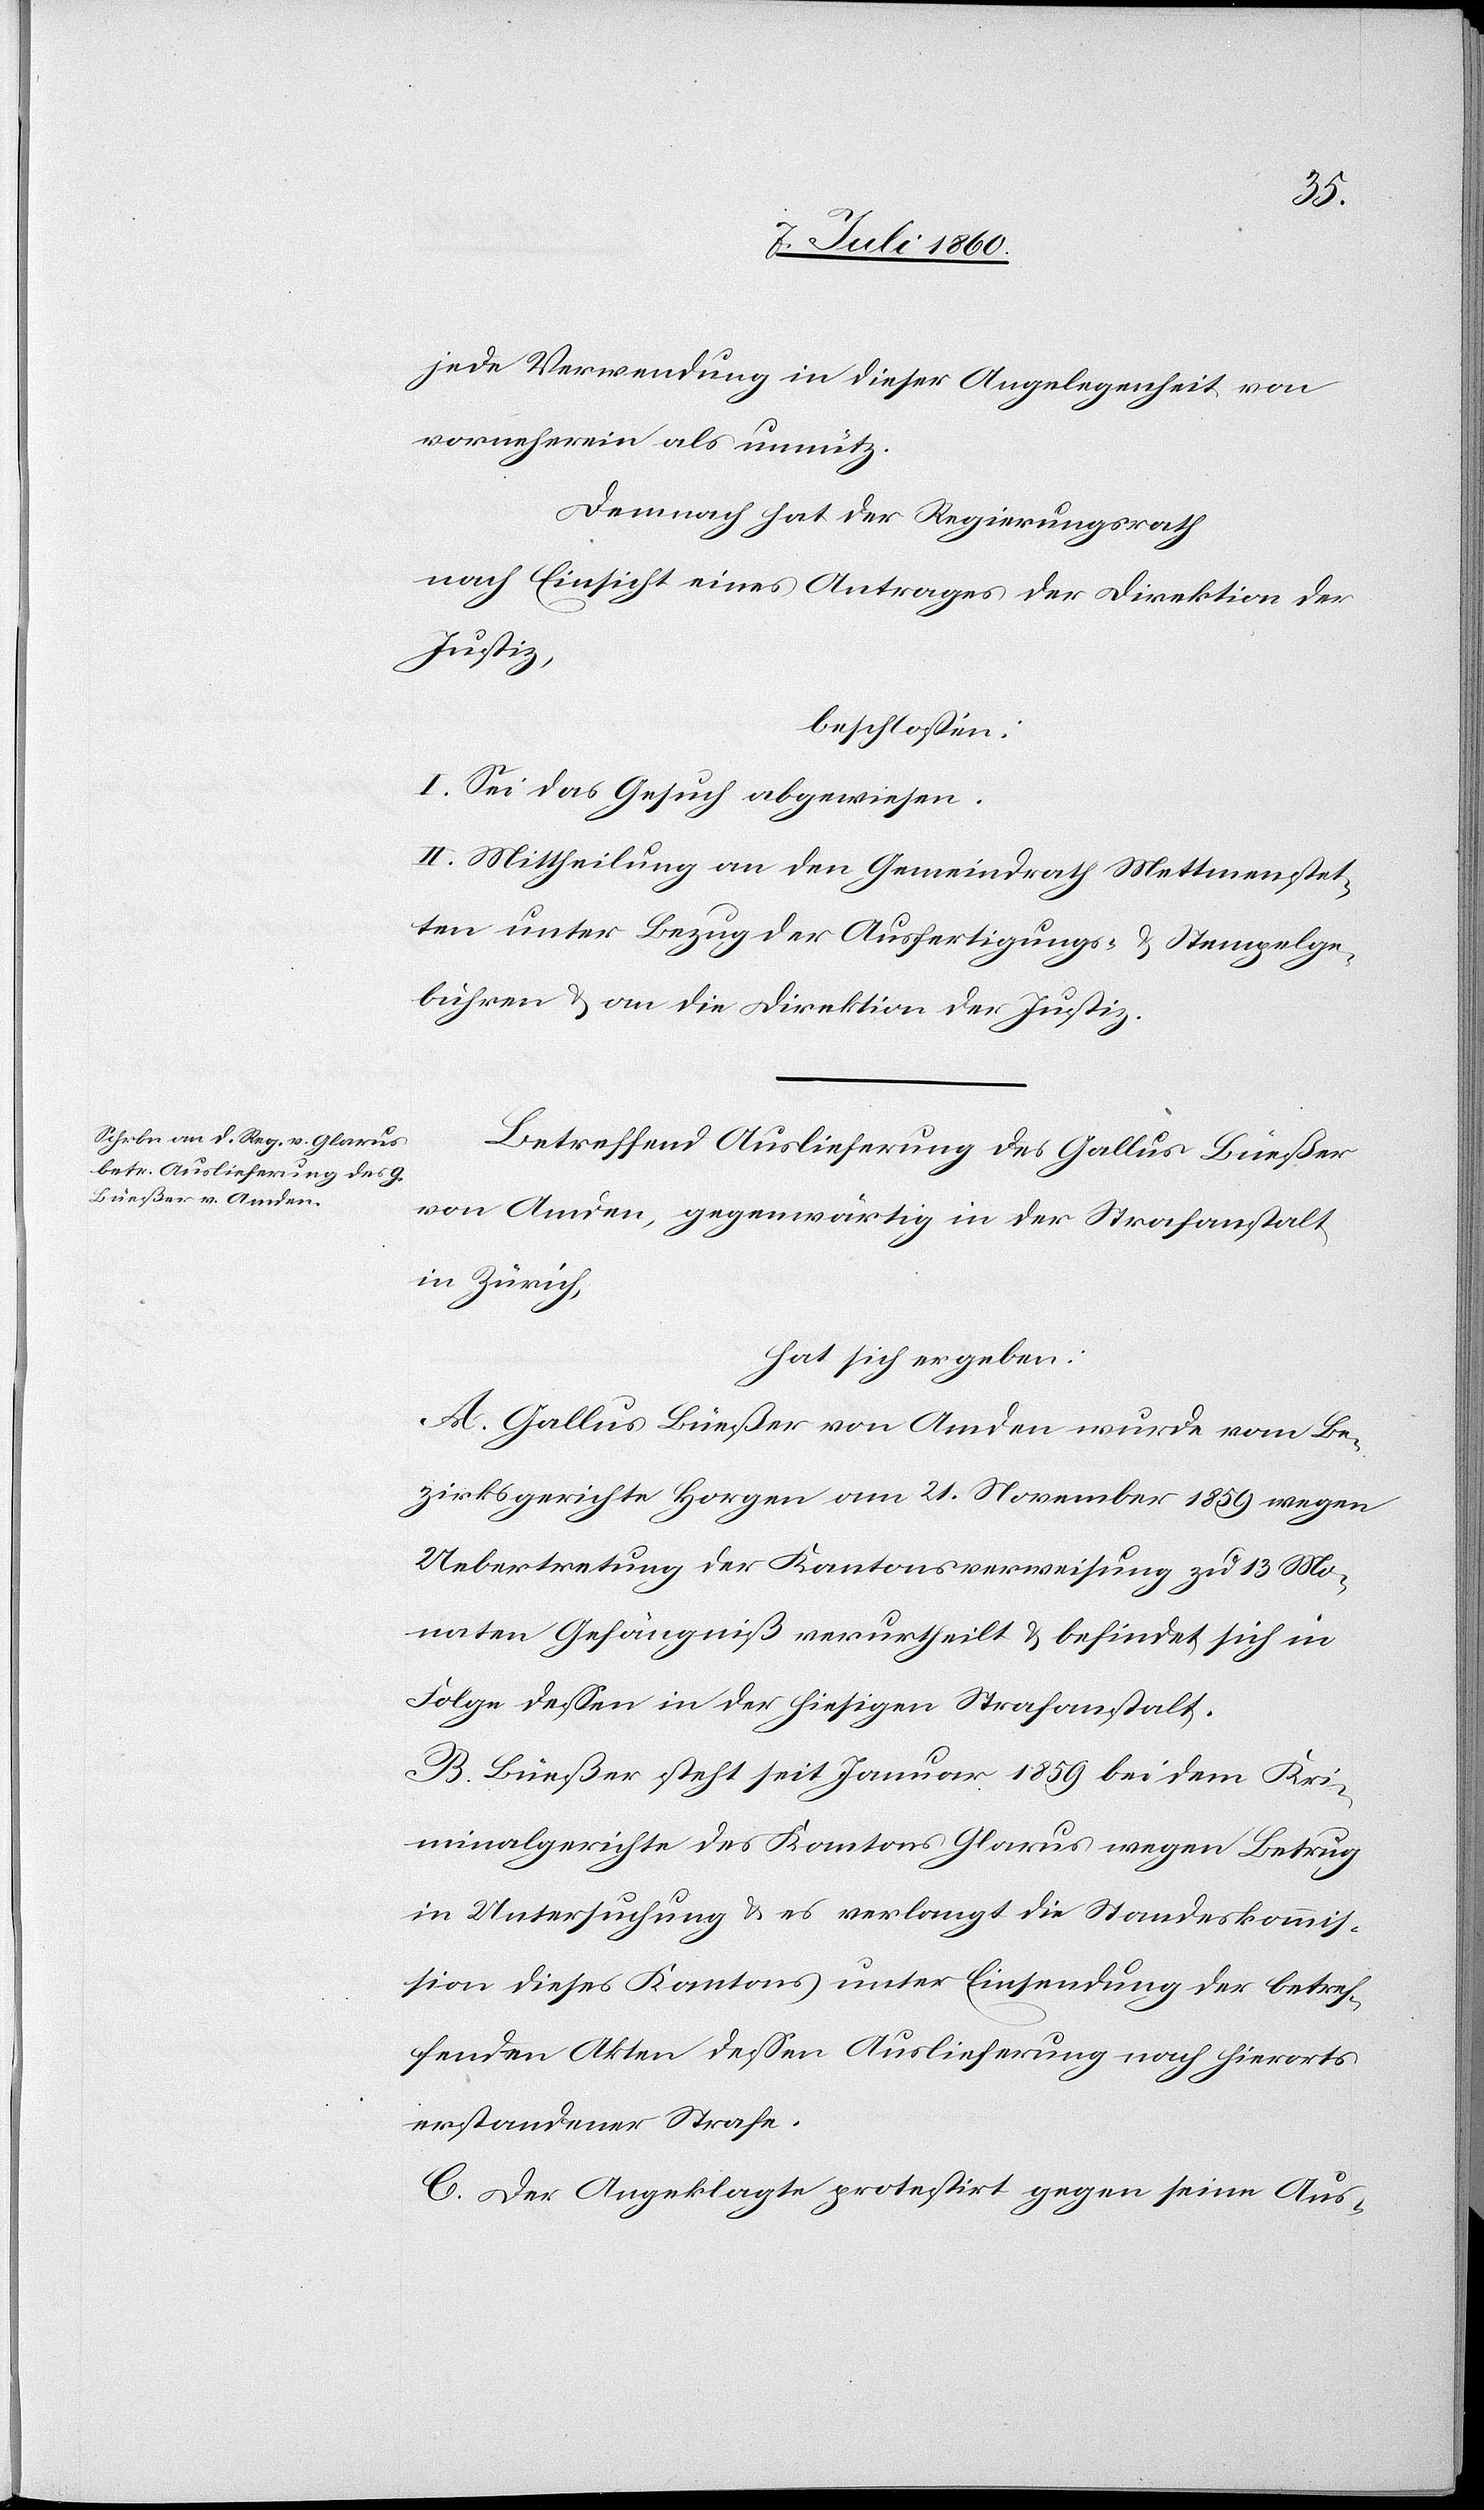
jede Verwendung in dieser Angelegenheit von
vorneherein als unnütz.
Demnach hat der Regierungsrath
nach Einsicht eines Antrages der Direktion der
Justiz,
beschlossen:
I. Sei das Gesuch abgewiesen.
II. Mittheilung an den Gemeindrath Mettmenstet¬
ten unter Bezug der Ausfertigungs- & Stempelge¬
bühren & an die Direktion der Justiz.
Betreffend Auslieferung des Gallus Büeßer
von Amden, gegenwärtig in der Strafanstalt
in Zürich,
hat sich ergeben:
A. Gallus Büeßer von Amden wurde vom Be¬
zirksgerichte Horgen am 21. November 1859 wegen
Uebertretung der Kantonsverweisung zu 13 Mo¬
naten Gefängniß verurtheilt / befindet sich in
Folge dessen in der hiesigen Strafanstalt.
B. Büeßer steht seit Januar 1859 bei dem Kri¬
minalgerichte des Kantons Glarus wegen Betrug
in Untersuchung & es verlangt die Standeskommis¬
sion dieses Kantons unter Einsendung der betref¬
fenden Akten dessen Auslieferung nach hierorts
erstandener Strafe.
C. Der Angeklagte protestirt gegen seine Aus-